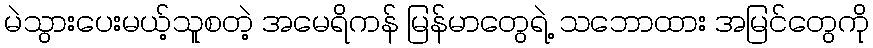
မဲသွားပေးမယ့်သူစတဲ့ အမေရိကန် မြန်မာတွေရဲ့ သဘောထား အမြင်တွေကို